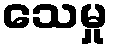
သေမှု